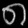
Digit: ၈